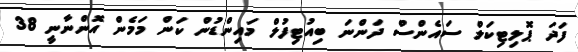
ފަދަ ޕޮލިޓިކަލް ސައެންސް ދަންނަ ބިއުޓިފުލް މައިންޑުން ކަން މަމެން އޮންނާނީ 38